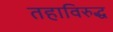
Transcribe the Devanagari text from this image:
तहाविरुद्ध